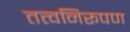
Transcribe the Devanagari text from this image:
तत्वनिरूपण